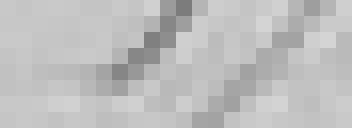
175